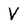
Character: V